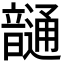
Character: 𩐹